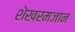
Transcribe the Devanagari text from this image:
शेखरमजान